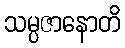
သမ္ပဇာနောတိ